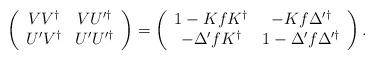
LaTeX: \begin{align*}\left(\begin{array}{cc} V V^\dag & V U'^\dag \\U'V^\dag & U'U'^\dag \end{array}\right)=\left(\begin{array}{cc}1-K f K^\dag & -K f \Delta'^\dag \\ -\Delta'f K^\dag &1-\Delta'f\Delta'^\dag\end{array}\right).\end{align*}